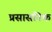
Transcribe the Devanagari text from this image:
प्रसासनिक